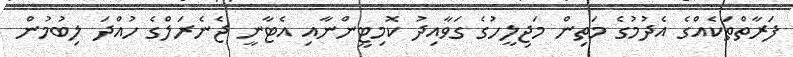
ފަރާތްތަކެއްގެ އެދުމުގެ މަތިން މަޖިލީހުގެ ގަވާއިދު ކޮމިޓީންނާއި އެޓާނީ ޖެނެރަލްގެ ހުއްދަ ލިބުމުން